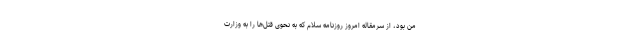
من بود، از سرمقاله امروز روزنامه سلام كه به نحوى قتل‌ها را به وزارت